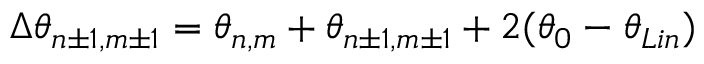
\Delta { \theta _ { n \pm 1 , m \pm 1 } } = \theta _ { n , m } + \theta _ { n \pm 1 , m \pm 1 } + 2 ( \theta _ { 0 } - \theta _ { L i n } )